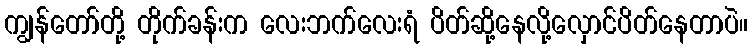
ကျွန်တော်တို့ တိုက်ခန်းက လေးဘက်လေးရံ ပိတ်ဆို့နေလို့လှောင်ပိတ်နေတာပဲ။